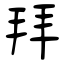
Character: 拜